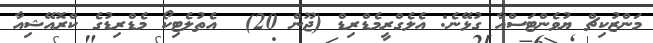
މަންޒުކިޗް ޔުވެންޓަސްއާ ގުޅޭނެ: އެލެގްރީމެޑްރިޑް (ޖޫން 20)  އެތުލެޓިކޯ މެޑްރިޑުގެ ކްރޮއޭޝިއާ